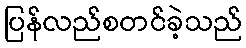
ပြန်လည်စတင်ခဲ့သည်